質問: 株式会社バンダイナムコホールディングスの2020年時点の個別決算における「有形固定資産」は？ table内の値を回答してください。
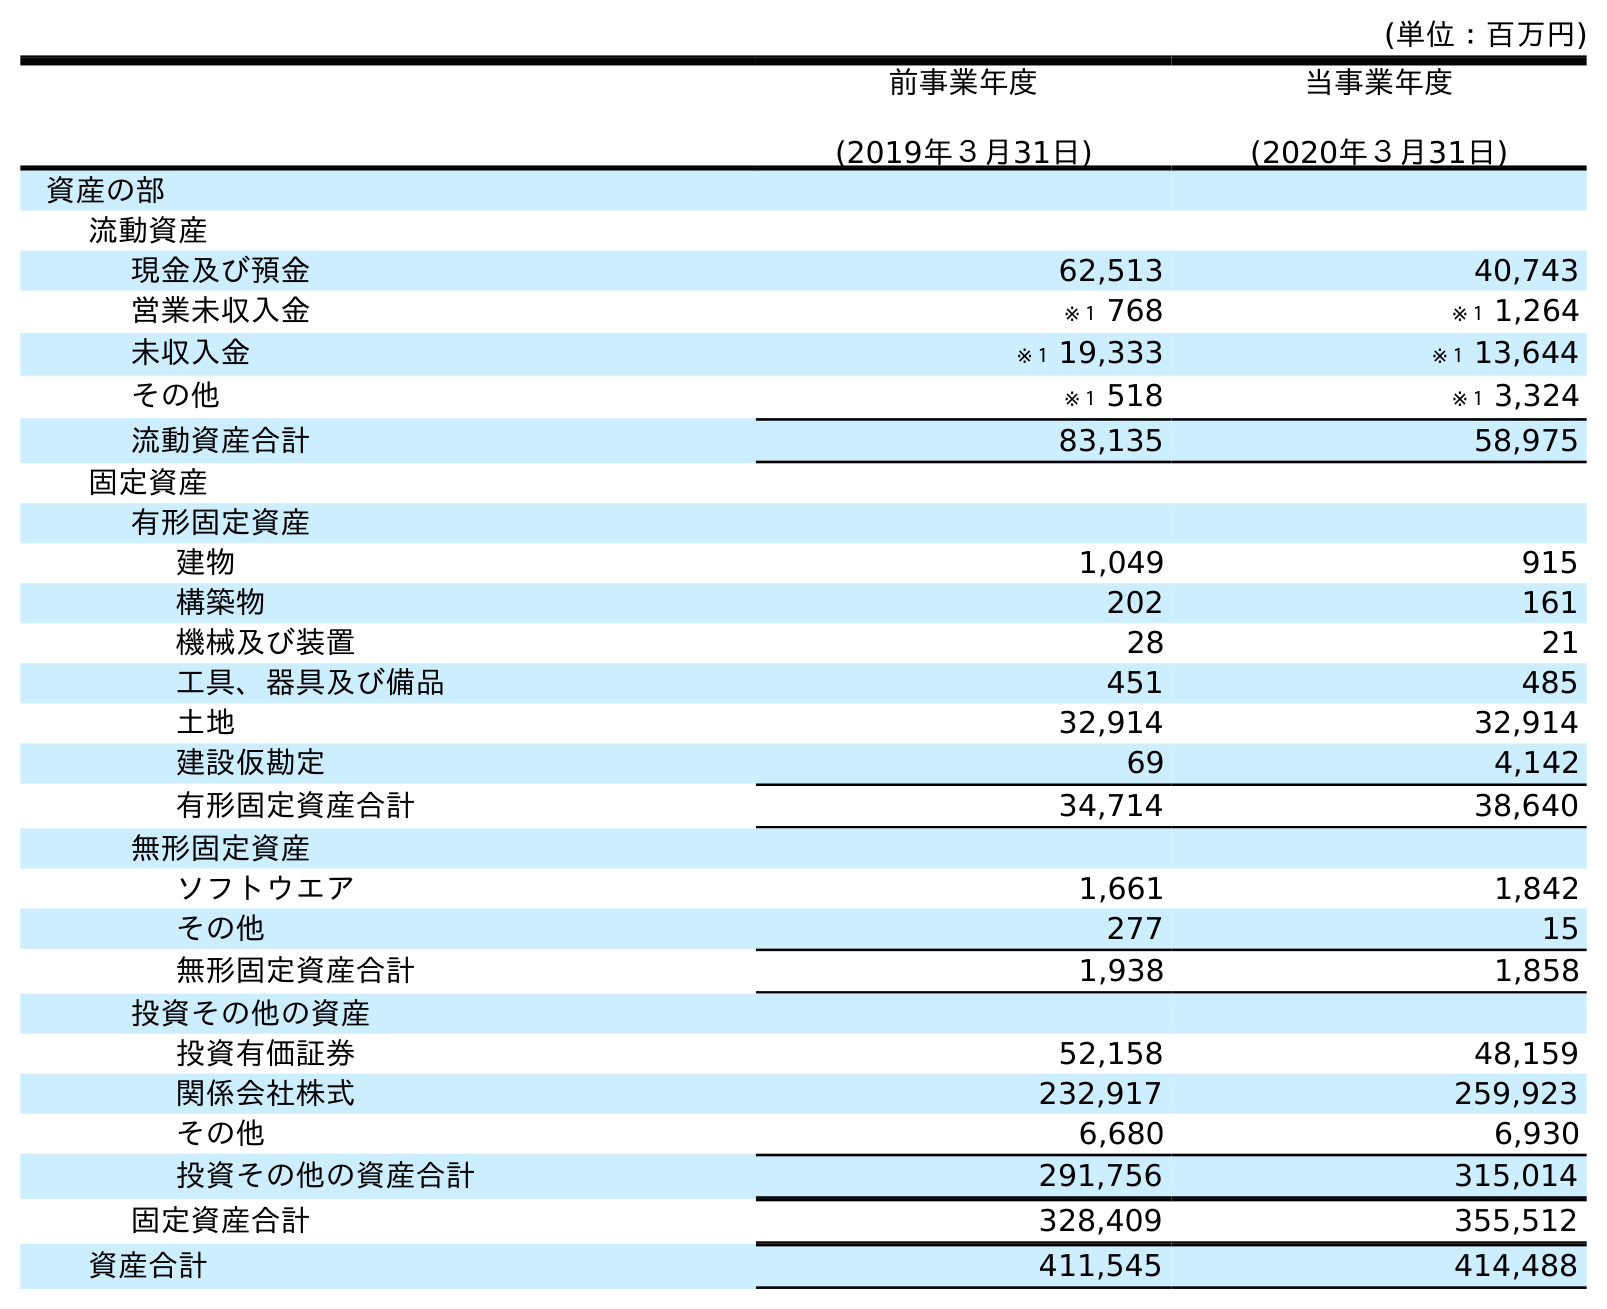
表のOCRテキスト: (単位：百万円) 前事業年度 (2019年３月31日) 当事業年度 (2020年３月31日) 資産の部 流動資産 現金及び預金 62,513 40,743 営業未収入金 ※１ 768 ※１ 1,264 未収入金 ※１ 19,333 ※１ 13,644 その他 ※１ 518 ※１ 3,324 流動資産合計 83,135 58,975 固定資産 有形固定資産 建物 1,049 915 構築物 202 161 機械及び装置 28 21 工具、器具及び備品 451 485 土地 32,914 32,914 建設仮勘定 69 4,142 有形固定資産合計 34,714 38,640 無形固定資産 ソフトウエア 1,661 1,842 その他 277 15 無形固定資産合計 1,938 1,858 投資その他の資産 投資有価証券 52,158 48,159 関係会社株式 232,917 259,923 その他 6,680 6,930 投資その他の資産合計 291,756 315,014 固定資産合計 328,409 355,512 資産合計 411,545 414,488
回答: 38,640